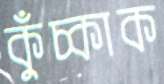
কুঁচ্‌কাক